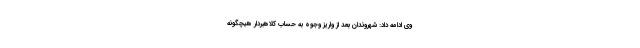
وی ادامه داد: شهروندان بعد از واریز وجوه به حساب کلاهبردار هیچگونه